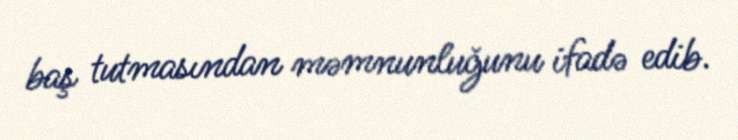
baş tutmasından məmnunluğunu ifadə edib.